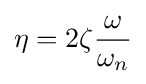
\eta =2\zeta {\frac {\omega }{\omega _{n}}}